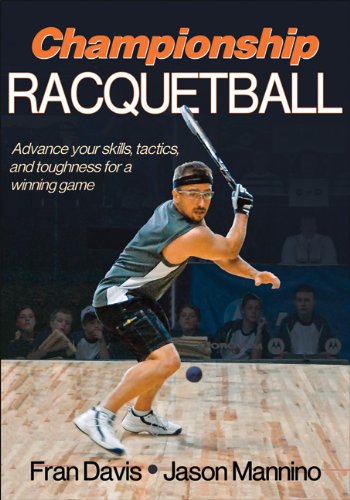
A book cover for Championship Racquetball; Fran Davis; Sports & Outdoors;